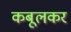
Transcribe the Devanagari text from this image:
कबूलकर